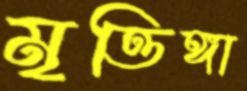
মৃত্তিঙ্গা